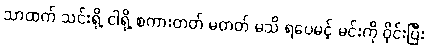
သာထက် သင်းရို့ ငါရို့ စကားတတ် မတတ် မသိ ရပေမင့် မင်းကို ဝိုင်းပြီး